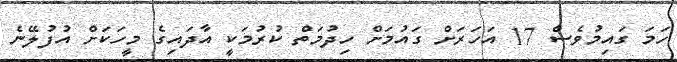
ހަމަ ގައިމުވެސް 17 އަހަރަށް ގައުމަށް ހިދުމަތް ކުރުމަކީ އާދައިގެ މީހަކަށް އުފުލޭނެ